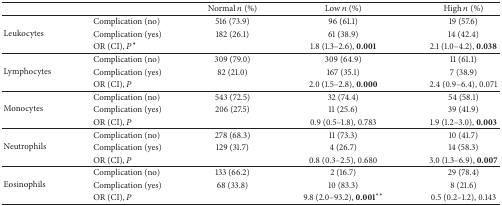
|  |  | Normal n (%) | Low n (%) | High n (%) |
 | --- | --- | --- | --- | --- |
 | <ROWSPAN=3> Leukocytes | Complication (no) | 516 (73.9) | 96 (61.1) | 19 (57.6) |
 | Complication (yes) | 182 (26.1) | 61 (38.9) | 14 (42.4) |
 | OR (CI), P∗ |  | 1.8 (1.3–2.6), 0.001 | 2.1 (1.0–4.2), 0.038 |
 | <ROWSPAN=3> Lymphocytes | Complication (no) | 309 (79.0) | 309 (64.9) | 11 (61.1) |
 | Complication (yes) | 82 (21.0) | 167 (35.1) | 7 (38.9) |
 | OR (CI), P |  | 2.0 (1.5–2.8), 0.000 | 2.4 (0.9–6.4), 0.071 |
 | <ROWSPAN=3> Monocytes | Complication (no) | 543 (72.5) | 32 (74.4) | 54 (58.1) |
 | Complication (yes) | 206 (27.5) | 11 (25.6) | 39 (41.9) |
 | OR (CI), P |  | 0.9 (0.5–1.8), 0.783 | 1.9 (1.2–3.0), 0.003 |
 | <ROWSPAN=3> Neutrophils | Complication (no) | 278 (68.3) | 11 (73.3) | 10 (41.7) |
 | Complication (yes) | 129 (31.7) | 4 (26.7) | 14 (58.3) |
 | OR (CI), P |  | 0.8 (0.3–2.5), 0.680 | 3.0 (1.3–6.9), 0.007 |
 | <ROWSPAN=3> Eosinophils | Complication (no) | 133 (66.2) | 2 (16.7) | 29 (78.4) |
 | Complication (yes) | 68 (33.8) | 10 (83.3) | 8 (21.6) |
 | OR (CI), P |  | 9.8 (2.0–93.2), 0.001∗∗ | 0.5 (0.2–1.2), 0.143 |